Annual report of the Punjab Veterinary College and of the Civil Veterinary Department, Punjab - 1920-1925
Year: 1920
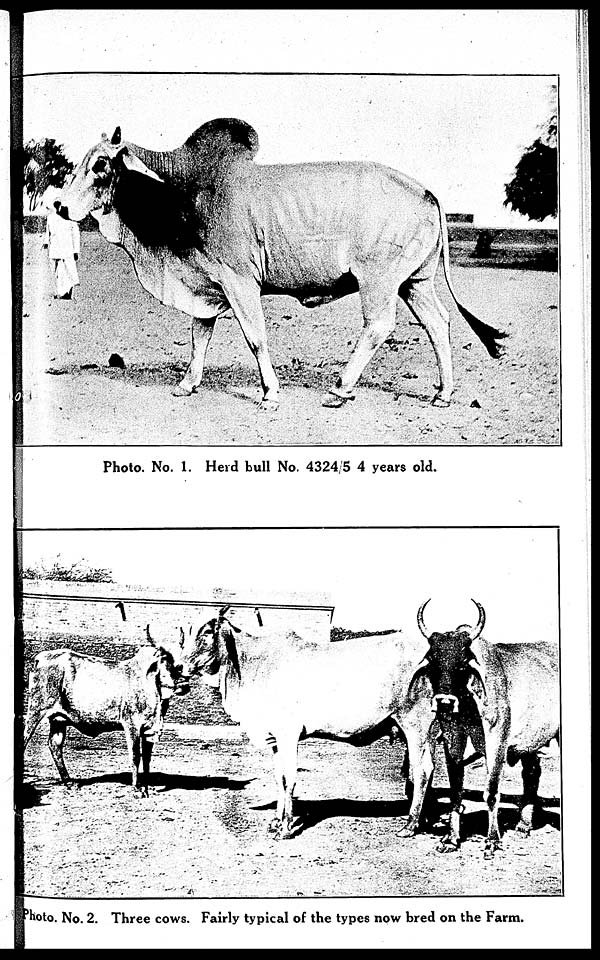
Photo. No. 1. Herd bull No. 4324/5 4 years old.
Photo. No. 2. Three cows. Fairly typical of the types now bred on the Farm.